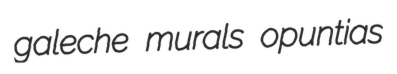
galeche murals opuntias